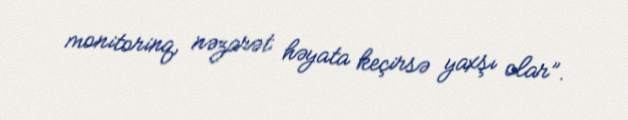
monitorinq, nəzarət həyata keçirsə yaxşı olar”.